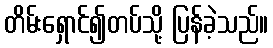
တိမ်းရှောင်၍တပ်သို့ ပြန်ခဲ့သည်။